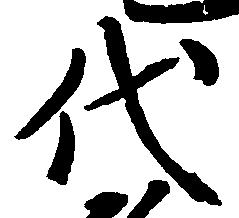
代